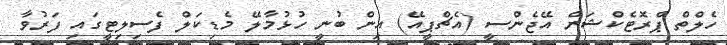
ހެލްތް ޕްރޮޓެކްޝަން އޭޖެންސީ (އެޗްޕީއޭ) އިން ބުނީ ހުޅުމާލޭ މެޑިކަލް ފެސިލިޓީގައި ފަރުވާ